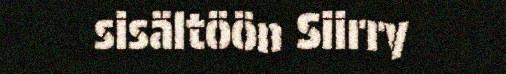
sisältöön Siirry